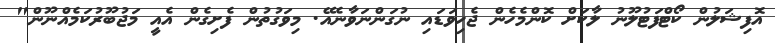
އޮފިޝަލުން ކޯޓްފަޓުލޫނު ލާކަށް ކޮންމެހެން ޖެހިވަޑައި ނުގަންނަވާނެއޭ. މިވަގުތުން ފެށިގެން އެއީ މަޖުބޫރުކަމެއްނޫން"